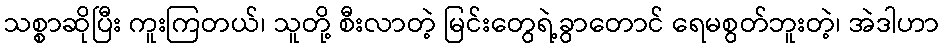
သစ္စာဆိုပြီး ကူးကြတယ်၊ သူတို့ စီးလာတဲ့ မြင်းတွေရဲ့ခွာတောင် ရေမစွတ်ဘူးတဲ့၊ အဲဒါဟာ